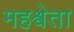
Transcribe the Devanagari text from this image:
महश्वेता